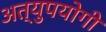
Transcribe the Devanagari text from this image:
अत्युपयोगी